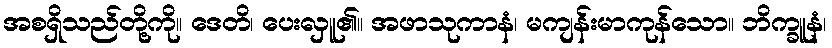
အစရှိသည်တို့ကို။ ဒေတိ၊ ပေးလှူ၏။ အဖာသုကာနံ၊ မကျန်းမာကုန်သော။ ဘိက္ခူနံ၊